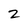
Character: 2